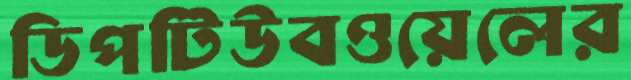
ডিপটিউবওয়েলের